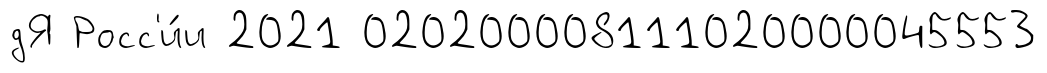
дЯ Росс'и́и 2021 020200008111020000045553